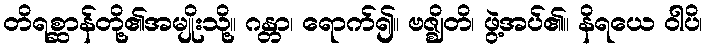
တိရစ္ဆာန်တို့၏အမျိုးသို့။ ဂန္တာ၊ ရောက်၍။ ဗဇ္ဈိတိ၊ ဖွဲ့အပ်၏။ နိရယေ ဝါပိ၊